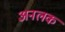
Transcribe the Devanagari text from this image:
अनलक